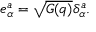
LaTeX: e _ { \alpha } ^ { a } = \sqrt { G ( q ) } \delta _ { \alpha } ^ { a } .